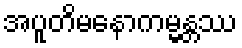
အပူတိမနောကမ္မန္တဿ